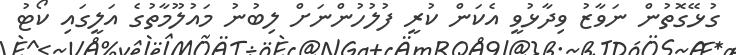
ގުޅޭގޮތުން ނަވާޒު ވިދާޅުވީ އެކަން ކުރީ ފުލުހުންނަށް ލިބުނު މައުލޫމާތުގެ އަލީގައި ކޯޓު